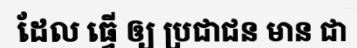
ដែល ធ្វើ ឲ្យ ប្រជាជន មាន ជា